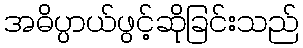
အဓိပ္ပာယ်ဖွင့်ဆိုခြင်းသည်